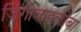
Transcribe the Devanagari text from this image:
जिंगोबाइलोबा